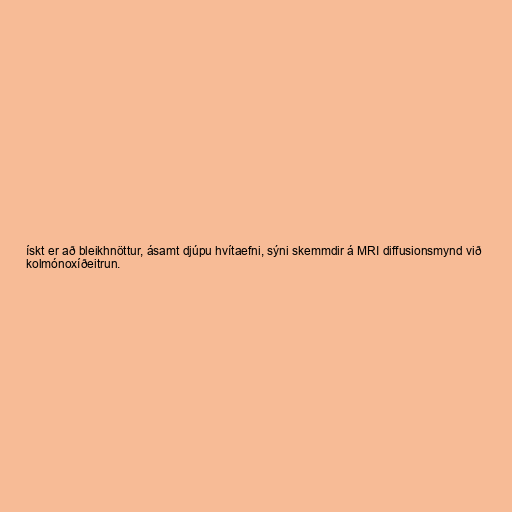
ískt er að bleikhnöttur, ásamt djúpu hvítaefni, sýni skemmdir á MRI diffusionsmynd við
kolmónoxíðeitrun.